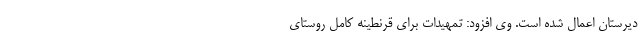
دیرستان اعمال شده است. وی افزود: تمهیدات برای قرنطینه کامل روستای